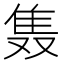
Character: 𲉩